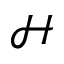
\mathcal { H }